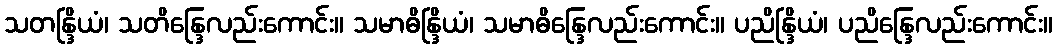
သတန္ဒြိယံ၊ သတိန္ဒြေလည်းကောင်း။ သမာဓိန္ဒြိယံ၊ သမာဓိန္ဒြေလည်းကောင်း။ ပညိန္ဒြိယံ၊ ပညိန္ဒြေလည်းကောင်း။